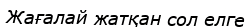
Жағалай жатқан сол елге